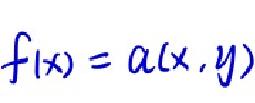
\[
f(x)=a(x,y)
\]